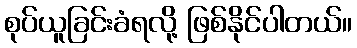
စုပ်ယူခြင်းခံရလို့ ဖြစ်နိုင်ပါတယ်။